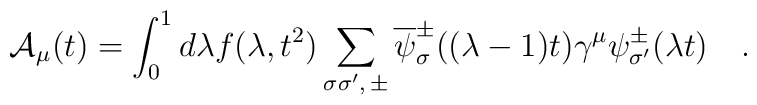
{\cal A}_\mu (t) = \int_0^1 d\lambda f (\lambda,t^2 ) \sum_{\sigma\sigma^\prime,\,\pm} \overline\psi^{\pm}_\sigma((\lambda -1)t) \gamma^\mu \psi^{\pm}_{\sigma^\prime} (\lambda t) \quad.